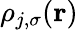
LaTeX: \rho_{j,\sigma}(\boldsymbol{\textbf{r}})